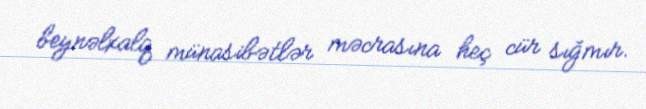
beynəlxalq münasibətlər məcrasına heç cür sığmır.